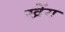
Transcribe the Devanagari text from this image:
खेंग